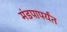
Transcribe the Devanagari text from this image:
मंडपापर्यंत